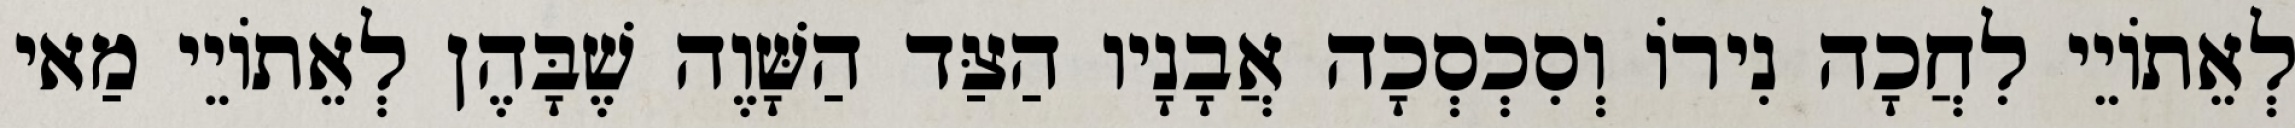
לְאֵתוֹיֵי לִחֲכָה נִירוֹ וְסִכְסְכָה אֲבָנָיו הַצַּד הַשָּׁוֶה שֶׁבָּהֶן לְאֵתוֹיֵי מַאי